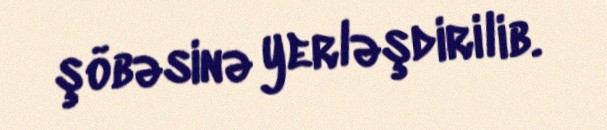
şöbəsinə yerləşdirilib.